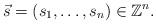
LaTeX: \begin{align*}\vec s=(s_1,\ldots,s_n)\in \mathbb Z^n.\end{align*}